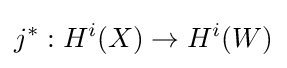
j^{*}:H^{i}(X)\to H^{i}(W)